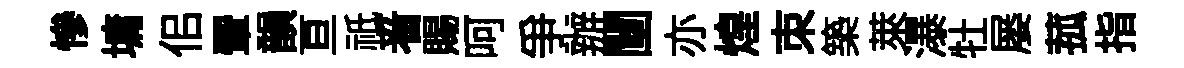
慘墉佀翬韻亘祇㸔賜呵争辦闉亦煌朿築萊瀑牡屡菰指